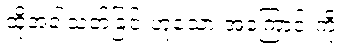
ထိုအခါသတ်ခြင်းဟူသော အကြောင်းကို